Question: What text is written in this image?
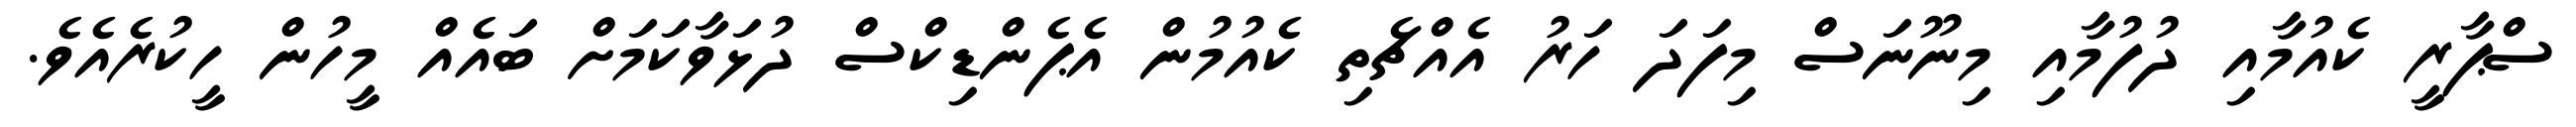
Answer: ސްޕާރީ ކެއުމާއި ދުފުމާއި މިނޫނަސް މިފަދަ ހަރު އެއްޗެތި ކެއުމުން އެޕެންޑިކްސް ދުޅަވާކަމަށް ބައެއް މީހުން ހީކުރެއެވެ.